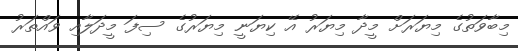
މިބާވަތުގެ މިޔަރަށް މީދާ މިޔަރު އޭ ކިޔަނީ މިޔަރުގެ ސިފަ މީދަލާއި ވައްތަރު